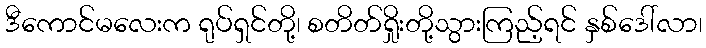
ဒီကောင်မလေးက ရုပ်ရှင်တို့၊ စတိတ်ရှိုးတို့သွားကြည့်ရင် နှစ်ဒေါ်လာ၊